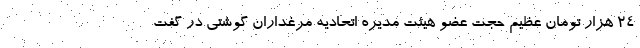
۲۴ هزار تومان عظیم حجت عضو هیئت مدیره اتحادیه مرغداران گوشتی در گفت